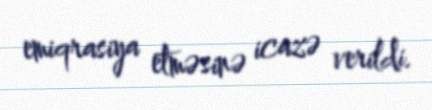
emiqrasiya etməsinə icazə verildi.